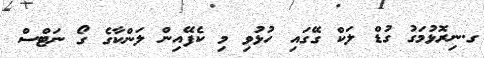
ގ.ނިރޮޅުމަގު ގުޑް ލަކް ގޭގައި ހުޅުވި މި ކެފޭއިން ލަންކާގެ ގޯ ނަޓްސް